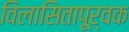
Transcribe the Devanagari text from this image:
विलासितापूर्वक